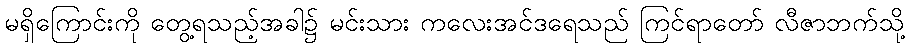
မရှိကြောင်းကို တွေ့ရသည့်အခါ၌ မင်းသား ကလေးအင်ဒရေသည် ကြင်ရာတော် လီဇာဘက်သို့